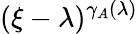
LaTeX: (\xi-\lambda)^{\gamma_{A}(\lambda)}